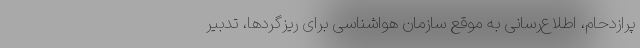
پرازدحام، اطلاع‌رسانی به موقع سازمان هواشناسی برای ریزگردها، تدبیر